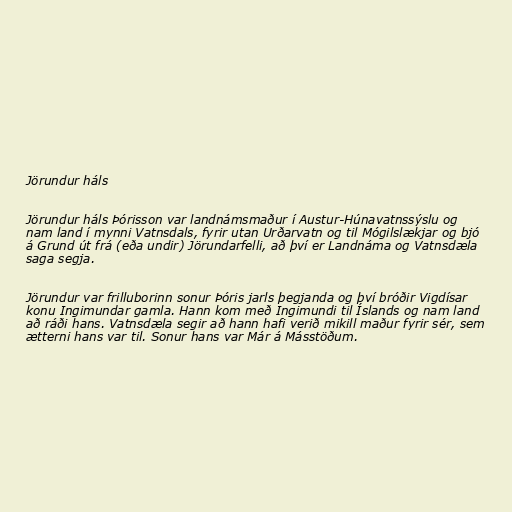
Jörundur háls

Jörundur háls Þórisson var landnámsmaður í Austur-Húnavatnssýslu og
nam land í mynni Vatnsdals, fyrir utan Urðarvatn og til Mógilslækjar og bjó
á Grund út frá (eða undir) Jörundarfelli, að því er Landnáma og Vatnsdæla
saga segja.

Jörundur var frilluborinn sonur Þóris jarls þegjanda og því bróðir Vigdísar
konu Ingimundar gamla. Hann kom með Ingimundi til Íslands og nam land
að ráði hans. Vatnsdæla segir að hann hafi verið mikill maður fyrir sér, sem
ætterni hans var til. Sonur hans var Már á Másstöðum.